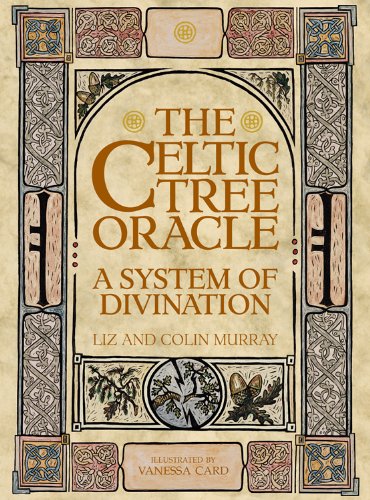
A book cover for The Celtic Tree Oracle: A System of Divination; Colin Murray; Religion & Spirituality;